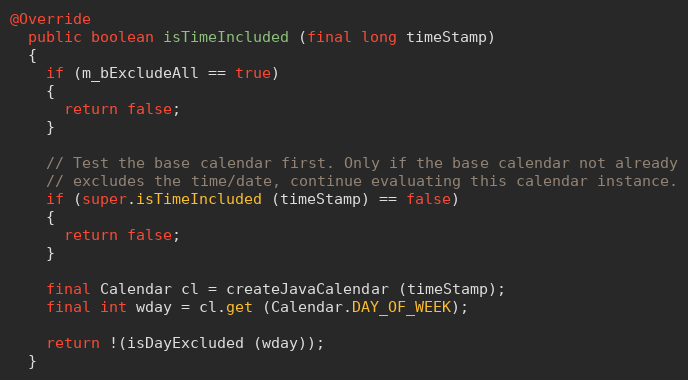
Language: Java
@Override
  public boolean isTimeIncluded (final long timeStamp)
  {
    if (m_bExcludeAll == true)
    {
      return false;
    }

    // Test the base calendar first. Only if the base calendar not already
    // excludes the time/date, continue evaluating this calendar instance.
    if (super.isTimeIncluded (timeStamp) == false)
    {
      return false;
    }

    final Calendar cl = createJavaCalendar (timeStamp);
    final int wday = cl.get (Calendar.DAY_OF_WEEK);

    return !(isDayExcluded (wday));
  }